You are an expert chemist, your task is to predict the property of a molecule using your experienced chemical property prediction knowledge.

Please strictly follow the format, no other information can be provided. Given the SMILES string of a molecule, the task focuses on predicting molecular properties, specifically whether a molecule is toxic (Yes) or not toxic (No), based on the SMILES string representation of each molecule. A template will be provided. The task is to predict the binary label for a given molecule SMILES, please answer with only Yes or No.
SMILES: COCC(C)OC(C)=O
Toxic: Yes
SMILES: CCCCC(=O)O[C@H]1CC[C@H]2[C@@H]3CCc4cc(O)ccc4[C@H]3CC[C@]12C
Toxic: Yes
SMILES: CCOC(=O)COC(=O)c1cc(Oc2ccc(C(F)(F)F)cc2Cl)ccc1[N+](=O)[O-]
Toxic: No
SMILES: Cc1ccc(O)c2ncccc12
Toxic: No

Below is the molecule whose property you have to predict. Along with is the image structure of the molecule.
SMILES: Cc1cc(C(C)(C)C)cc(C)c1CC1=NCCN1
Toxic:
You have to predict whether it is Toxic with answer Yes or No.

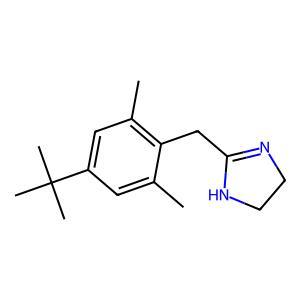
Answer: No